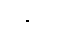
သိုင်း